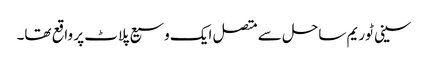
سینی ٹوریم ساحل سے متصل ایک وسیع پلاٹ پر واقع تھا۔